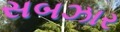
સબઝાર